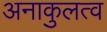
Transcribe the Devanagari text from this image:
अनाकुलत्व